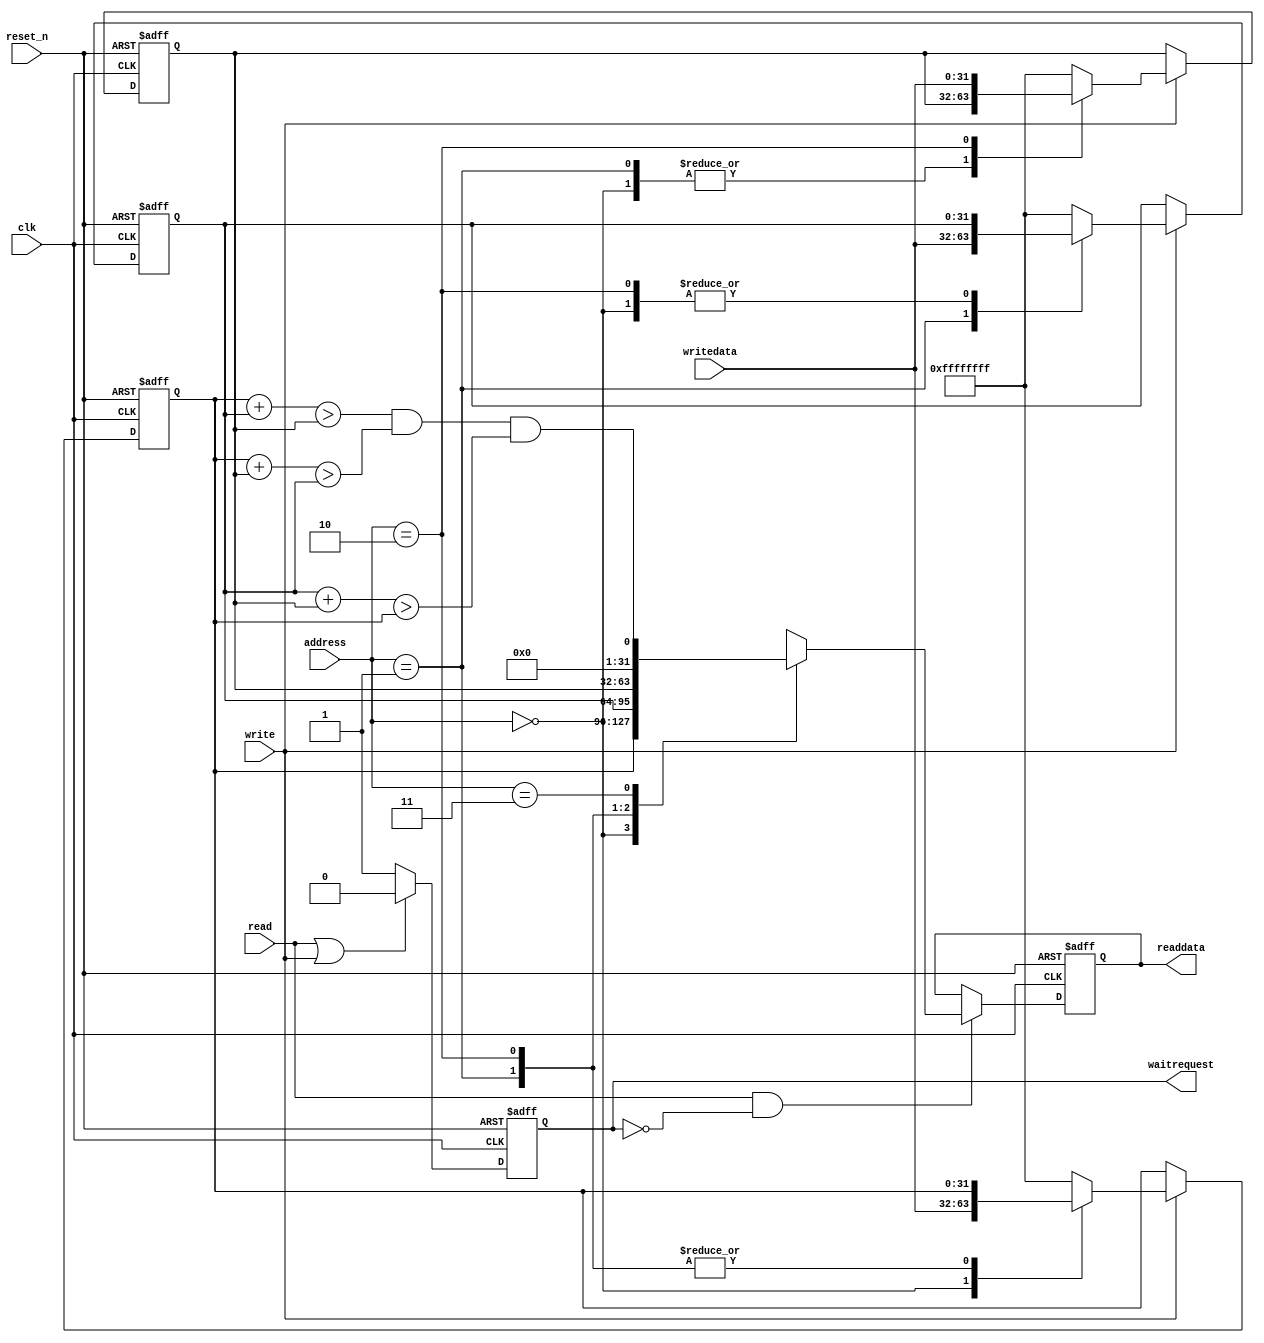
`default_nettype none
module isTriangle (
    clk,
    reset_n,
    address,
    read,
    write,
    writedata,
    waitrequest,
    readdata
);
    parameter pipeline_enable = 0;
    input   clk;
    input   reset_n;
    input       [1:0] address;
    input             read;
    input             write;
    input      [31:0] writedata;
    output reg        waitrequest;
    output reg [31:0] readdata;
    
    //Avalon slave interface

    reg [31:0]A, B, C;
    reg [31:0]result;
    always @(posedge clk or negedge reset_n) begin
        if(!reset_n)begin
            A <= 0;
            B <= 0;
            C <= 0;
            readdata <= 0;
        end else begin
            if(write)begin
                case (address)
                    0:A <= writedata;
                    1:B <= writedata;
                    2:C <= writedata; 
                    default:{A, B, C} <= {32'hFFFFFFFF, 32'hFFFFFFFF, 32'hFFFFFFFF}; 
                endcase
            end
            if(read && (!waitrequest))begin
                case (address)
                    0:readdata <= A;
                    1:readdata <= B; 
                    2:readdata <= C; 
                    3:readdata <= result; 
                    default:readdata <= 32'hFFFFFFFF; 
                endcase
            end     
        end
    end

    //waitrequest logic
    localparam pipeline_latency = 1;
    generate
        if(pipeline_enable)begin
            reg [1:0]wait_cnt;
            always @(posedge clk or negedge reset_n) begin
                if(!reset_n)begin
                    wait_cnt  <= 0;
                    waitrequest <= 1'b1;
                end else begin
                    if(read && (address == 3))begin
                        if(wait_cnt > pipeline_latency)begin
                            wait_cnt <= 0;
                            waitrequest <= 1'b0;
                        end else begin
                            wait_cnt <= wait_cnt + 1'b1;
                            waitrequest <= 1'b1;
                        end
                    end else if(read | write)begin
                        waitrequest <= 1'b0;
                    end else begin
                        waitrequest <= 1'b1;
                    end      
                end
            end
        end else begin
            always @(posedge clk or negedge reset_n) begin
                if(!reset_n)begin
                    waitrequest <= 1'b1;
                end else begin
                    if(read | write)begin
                        waitrequest <= 1'b0;
                    end else begin
                        waitrequest <= 1'b1;
                    end
                end  
            end
        end
    endgenerate
    
    //ALU
    generate
        if(pipeline_enable)begin
            reg [31:0]AB, AC, BC;
            reg gtA,gtB,gtC;//greater than
            always @(posedge clk or negedge reset_n) begin
                if(!reset_n)begin
                    AB  <= 0;
                    AC  <= 0;
                    BC  <= 0;
                    gtA <= 0;
                    gtB <= 0;
                    gtC <= 0;
                    result <= 0;
                end else begin
                    AB <= A + B;
                    AC <= A + C;
                    BC <= B + C;
                    gtC <= (AB > C);
                    gtB <= (AC > B);
                    gtA <= (BC > A);
                    result <= gtA && gtB && gtC;
                end
            end   
        end else begin
            always @(*)begin
                result = ((A + B) > C) &&
                         ((A + C) > B) &&
                         ((B + C) > A);
            end
        end
    endgenerate
endmodule